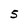
Character: S